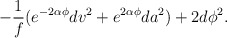
\begin{align*}-\frac{1}{f}(e^{-2\alpha\phi}dv^2+e^{2\alpha\phi}da^2)+2d\phi^2.\end{align*}